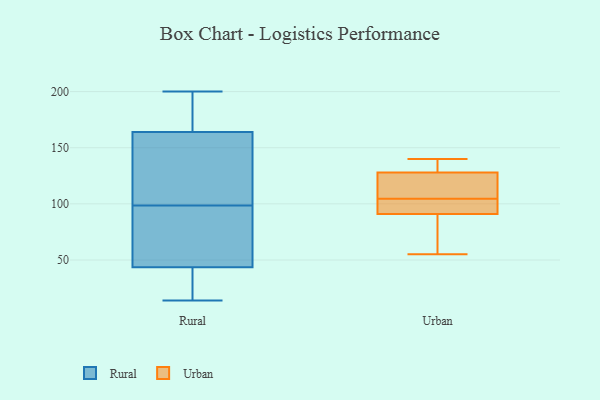
{"axis": {"x": "Energy Usage (MWh)", "y": "Value"}, "legend": ["Rural", "Urban"], "data": [{"x": "", "y": 14, "type": "Rural"}, {"x": "", "y": 33, "type": "Rural"}, {"x": "", "y": 54, "type": "Rural"}, {"x": "", "y": 99, "type": "Rural"}, {"x": "", "y": 148, "type": "Rural"}, {"x": "", "y": 195, "type": "Rural"}, {"x": "", "y": 98, "type": "Rural"}, {"x": "", "y": 180, "type": "Rural"}, {"x": "", "y": 30, "type": "Rural"}, {"x": "", "y": 200, "type": "Rural"}, {"x": "", "y": 81, "type": "Rural"}, {"x": "", "y": 135, "type": "Rural"}, {"x": "", "y": 101, "type": "Urban"}, {"x": "", "y": 114, "type": "Urban"}, {"x": "", "y": 97, "type": "Urban"}, {"x": "", "y": 91, "type": "Urban"}, {"x": "", "y": 69, "type": "Urban"}, {"x": "", "y": 138, "type": "Urban"}, {"x": "", "y": 108, "type": "Urban"}, {"x": "", "y": 140, "type": "Urban"}, {"x": "", "y": 120, "type": "Urban"}, {"x": "", "y": 55, "type": "Urban"}, {"x": "", "y": 134, "type": "Urban"}, {"x": "", "y": 59, "type": "Urban"}, {"x": "", "y": 100, "type": "Urban"}, {"x": "", "y": 128, "type": "Urban"}]}